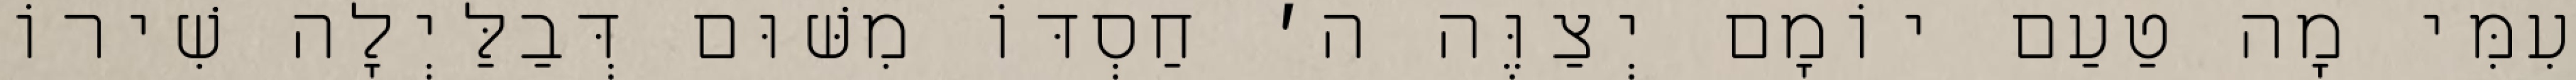
עִמִּי מָה טַעַם יוֹמָם יְצַוֶּה ה׳ חַסְדּוֹ מִשּׁוּם דְּבַלַּיְלָה שִׁירוֹ